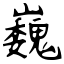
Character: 巍